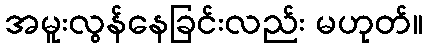
အမူးလွန်နေခြင်းလည်း မဟုတ်။